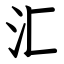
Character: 汇